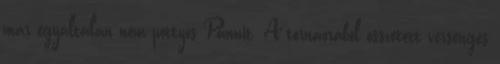
már egyáltalán nem pöttyös Pannit. A tornaórából összetett versengés